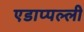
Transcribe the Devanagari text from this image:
एडाप्पल्ली